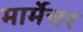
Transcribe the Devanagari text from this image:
मार्मेचर